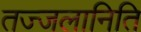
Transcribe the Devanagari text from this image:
तज्जलानिति